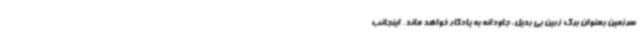
سرزمین بعنوان برگ زرین بی بدیل، جاودانه به یادگار خواهد ماند. اینجانب